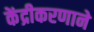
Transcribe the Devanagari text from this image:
केंद्रीकरणाने